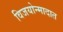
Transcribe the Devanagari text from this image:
विजयोन्मादात